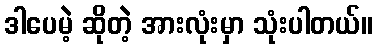
ဒါပေမဲ့ ဆိုတဲ့ အားလုံးမှာ သုံးပါတယ်။